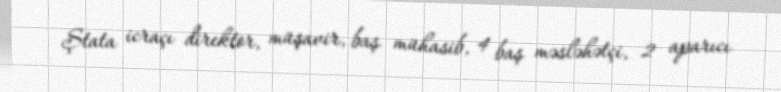
Ştata icraçı direktor, müşavir, baş mühasib, 4 baş məsləhətçi, 2 aparıcı